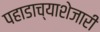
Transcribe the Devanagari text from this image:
पहाडाच्याशेजारी